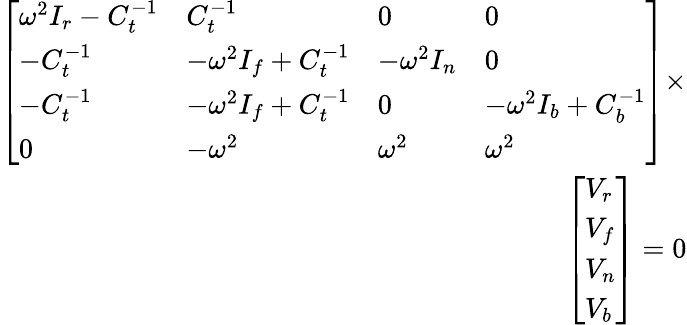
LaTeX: \begin{array}{r}{\left[\begin{array}{llll}{\omega^{2}I_{r}-C_{t}^{-1}}&{C_{t}^{-1}}&{0}&{0}\\ {-C_{t}^{-1}}&{-\omega^{2}I_{f}+C_{t}^{-1}}&{-\omega^{2}I_{n}}&{0}\\ {-C_{t}^{-1}}&{-\omega^{2}I_{f}+C_{t}^{-1}}&{0}&{-\omega^{2}I_{b}+C_{b}^{-1}}\\ {0}&{-\omega^{2}}&{\omega^{2}}&{\omega^{2}}\end{array}\right]\times}\\ {\left[\begin{array}{l}{V_{r}}\\ {V_{f}}\\ {V_{n}}\\ {V_{b}}\end{array}\right]=0}\end{array}